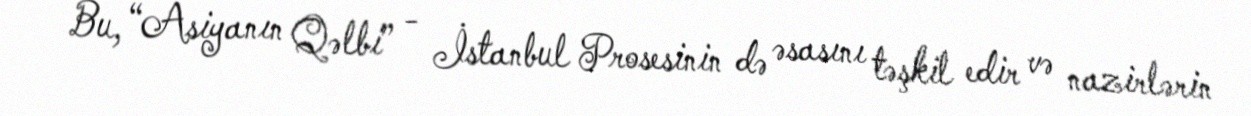
Bu, “Asiyanın Qəlbi” - İstanbul Prosesinin də əsasını təşkil edir və nazirlərin